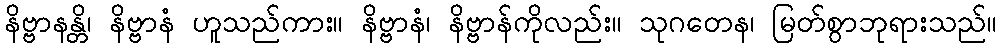
နိဗ္ဗာနန္တိ၊ နိဗ္ဗာနံ ဟူသည်ကား။ နိဗ္ဗာနံ၊ နိဗ္ဗာန်ကိုလည်း။ သုဂတေန၊ မြတ်စွာဘုရားသည်။